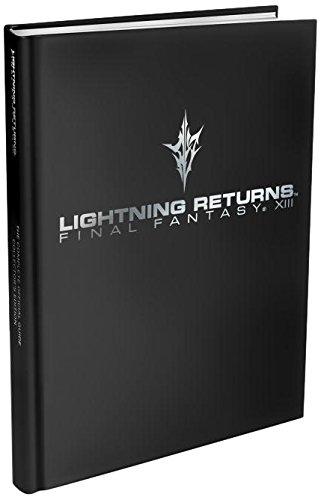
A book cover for Lightning Returns: Final Fantasy XIII: The Complete Official Guide - Collector's Edition; Piggyback; Computers & Technology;